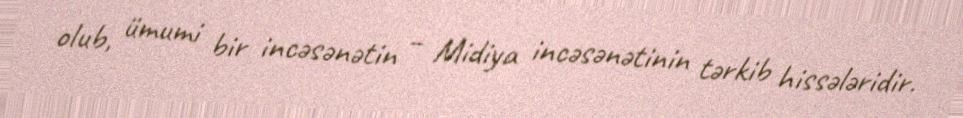
olub, ümumi bir incəsənətin – Midiya incəsənətinin tərkib hissələridir.